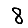
Digit: 8